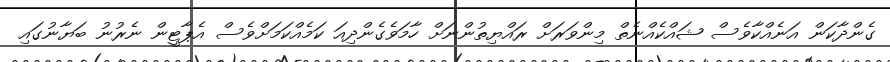
ގެންދާކަން އަނެއްކާވެސް ޝައްކެއްނެތް މިންވަރަށް ރައްޔިތުންނަށް ހާމަވެގެންދިއަ ކަމެއްކަމަށްވެސް އެޕާޓީން ނެރުނު ބަޔާނުގައި